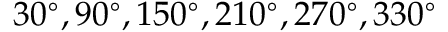
3 0 ^ { \circ } , 9 0 ^ { \circ } , 1 5 0 ^ { \circ } , 2 1 0 ^ { \circ } , 2 7 0 ^ { \circ } , 3 3 0 ^ { \circ }